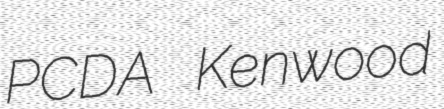
PCDA Kenwood